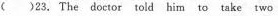
( )23. The doctor told him to take two